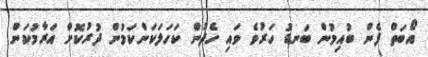
އޯބަތް ފެން ބުއިމުން ބަނޑު ހަރުވެ ވައި ހެދުން ކަހަލަކަންކަމުން ދުރުކޮށް އަރާމުކަން